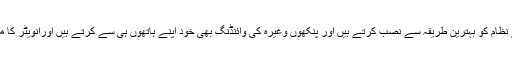
آپ گھروں میں بجلی کے نظام کو بہترین طریقہ سے نصب کرتے ہیں اور پنکھوں وغيرہ کی وائنڈنگ بھی خود اپنے ہاتھوں ہی سے کرتے ہیں اورانویٹر کا مکمل کام بھی کرتے ہیں ۔